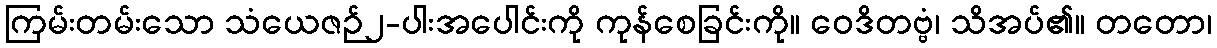
ကြမ်းတမ်းသော သံယေဇဉ်၂-ပါးအပေါင်းကို ကုန်စေခြင်းကို။ ဝေဒိတဗ္ဗံ၊ သိအပ်၏။ တတော၊